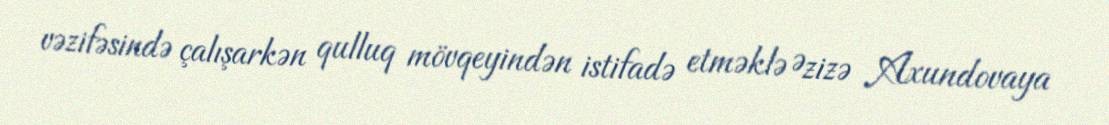
vəzifəsində çalışarkən qulluq mövqeyindən istifadə etməklə Əzizə Axundovaya